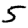
Digit: 5